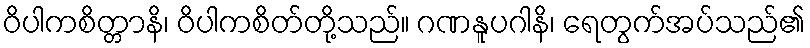
ဝိပါကစိတ္တာနိ၊ ဝိပါကစိတ်တို့သည်။ ဂဏနူပဂါနိ၊ ရေတွက်အပ်သည်၏